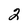
Character: 2